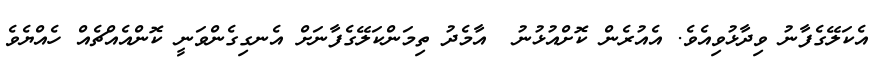
އެކަލޭގެފާނު ވިދާޅުވިއެވެ. އެއުރެން ކޮށްއުޅުނު  އާމެދު ތިމަންކަލޭގެފާނަށް އެނގިގެންވަނީ ކޮންއެއްޗެއް ހެއްޔެވެ